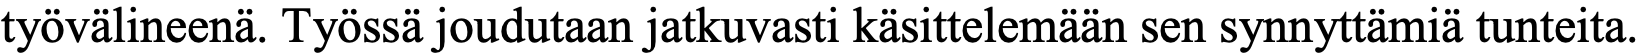
työvälineenä. Työssä joudutaan jatkuvasti käsittelemään sen synnyttämiä tunteita.